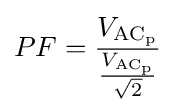
PF={\frac {V_{\mathrm {AC_{p}} }}{\frac {V_{\mathrm {AC_{p}} }}{\sqrt {2}}}}